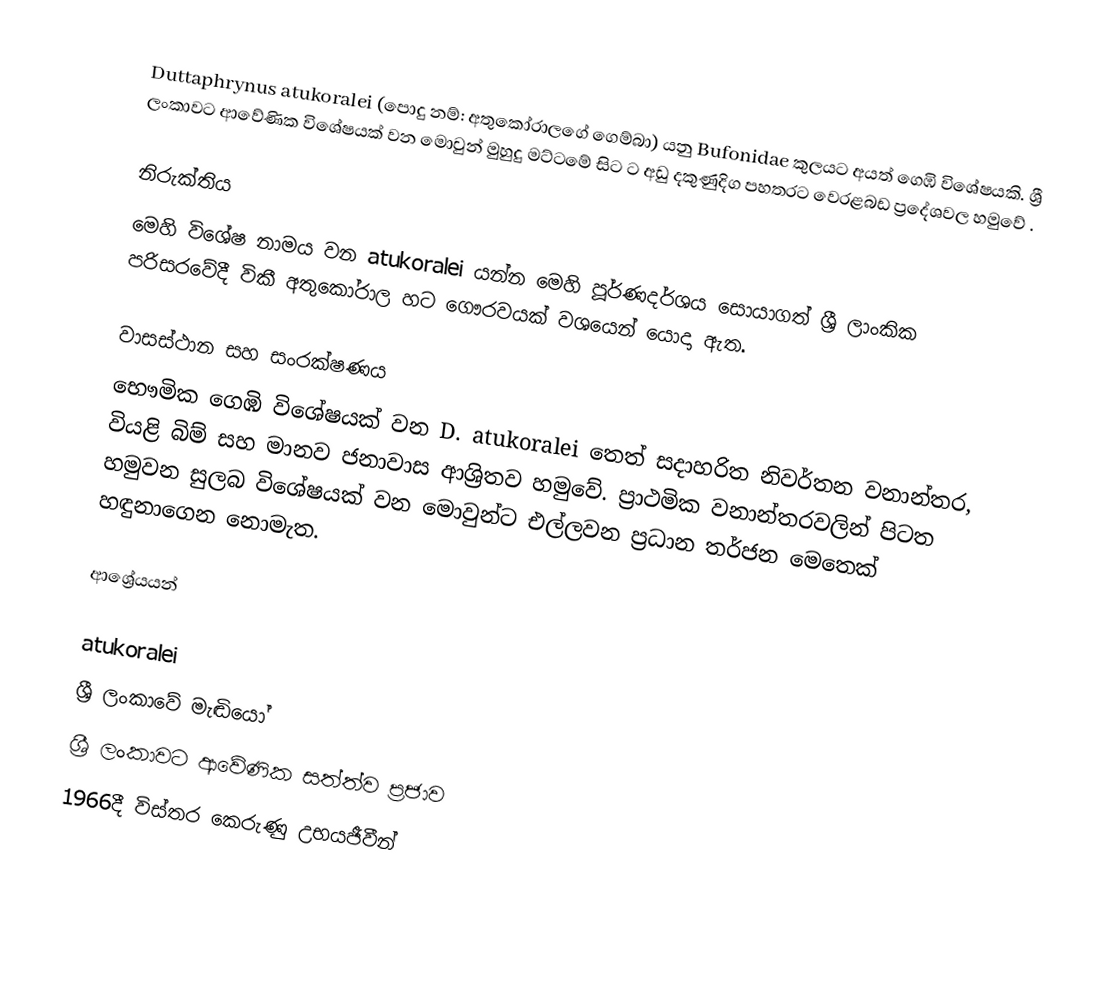
Duttaphrynus atukoralei (පොදු නම්: අතුකෝරාලගේ ගෙම්බා) යනු Bufonidae කුලයට අයත් ගෙඹි විශේෂයකි. ශ්‍රී ලංකාවට ආවේණික විශේෂයක් වන මොවුන් මුහුදු මට්ටමේ සිට  ට අඩු දකුණුදිග පහතරට වෙරළබඩ ප්‍රදේශවල හමුවේ .

නිරුක්තිය
මෙහි විශේෂ නාමය වන atukoralei යන්න මෙහි පූර්ණදර්ශය සොයාගත් ශ්‍රී ලාංකික පරිසරවේදී විකී අතුකෝරාල හට ගෞරවයක් වශයෙන් යොදා ඇත.

වාසස්ථාන සහ සංරක්ෂණය
භෞමික ගෙඹි විශේෂයක් වන D. atukoralei තෙත් සදාහරිත නිවර්තන වනාන්තර, වියළි බිම් සහ මානව ජනාවාස ආශ්‍රිතව හමුවේ. ප්‍රාථමික වනාන්තරවලින් පිටත හමුවන සුලබ විශේෂයක් වන මොවුන්ට එල්ලවන ප්‍රධාන තර්ජන මෙතෙක් හඳුනාගෙන නොමැත.

ආශ්‍රේයයන්

atukoralei
ශ්‍රී ලංකාවේ මැඬියෝ
ශ්‍රී ලංකාවට ආවේණික සත්ත්ව ප්‍රජාව
1966දී විස්තර කෙරුණු උභයජීවීන්